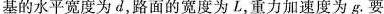
基的水平宽度为d，路面的宽度为L，重力加速度为g。要